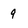
Character: 9